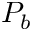
P _ { b }